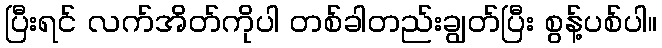
ပြီးရင် လက်အိတ်ကိုပါ တစ်ခါတည်းချွတ်ပြီး စွန့်ပစ်ပါ။